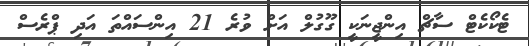
ޓެކޯކެޓް ސާޗް އިންޖީނަކީ ގޫގުލް އަށް ވުރެ 21 އިންސައްތަ އަދި ޕްރެސް